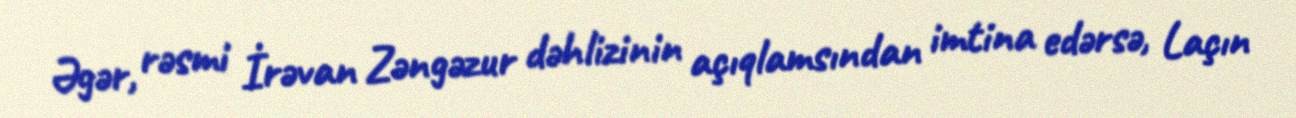
Əgər, rəsmi İrəvan Zəngəzur dəhlizinin açıqlamsından imtina edərsə, Laçın